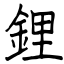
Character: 鋰